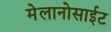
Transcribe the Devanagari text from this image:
मेलानोसाईट